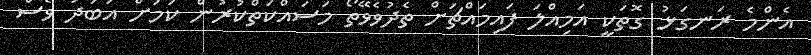
އެންމެ ރަނގަޅު ގޮތަކީ އަމިއްލަ ފައިމައްޗަށް ތެދުވެވޭތޯ މަސައްކަތްކުރުން ކަމަށް އަބަދު ވެސް